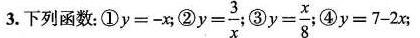
3.下列函数。①$$y = - x$$；② $$y= \frac { 3 } { x }$$ ③ $$y = \frac { x } { 8 }$$ ④$$y = 7 - 2 x$$；